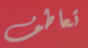
تعاطف